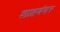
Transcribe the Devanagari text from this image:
शाहबंदर